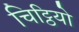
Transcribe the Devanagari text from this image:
चिट्ठियो